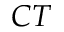
C T